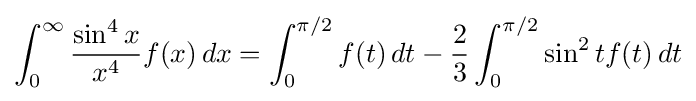
\int _{0}^{\infty }{\frac {\sin ^{4}x}{x^{4}}}f(x)\,dx=\int _{0}^{\pi /2}f(t)\,dt-{\frac {2}{3}}\int _{0}^{\pi /2}\sin ^{2}tf(t)\,dt